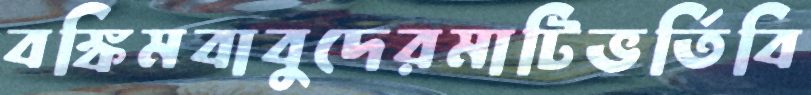
বঙ্কিমবাবুদেরমাটিভর্তিবি